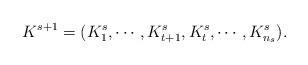
LaTeX: \begin{align*}K^{s+1}=(K^s_{1},\cdots,K^s_{t+1},K^s_{t},\cdots,K^s_{n_s}). \end{align*}